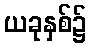
ယခုနှစ်၌